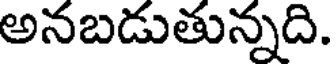
అనబడుతున్నది.